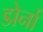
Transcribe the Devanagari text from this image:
डोर्ना